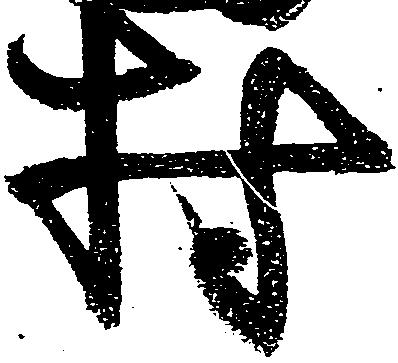
村